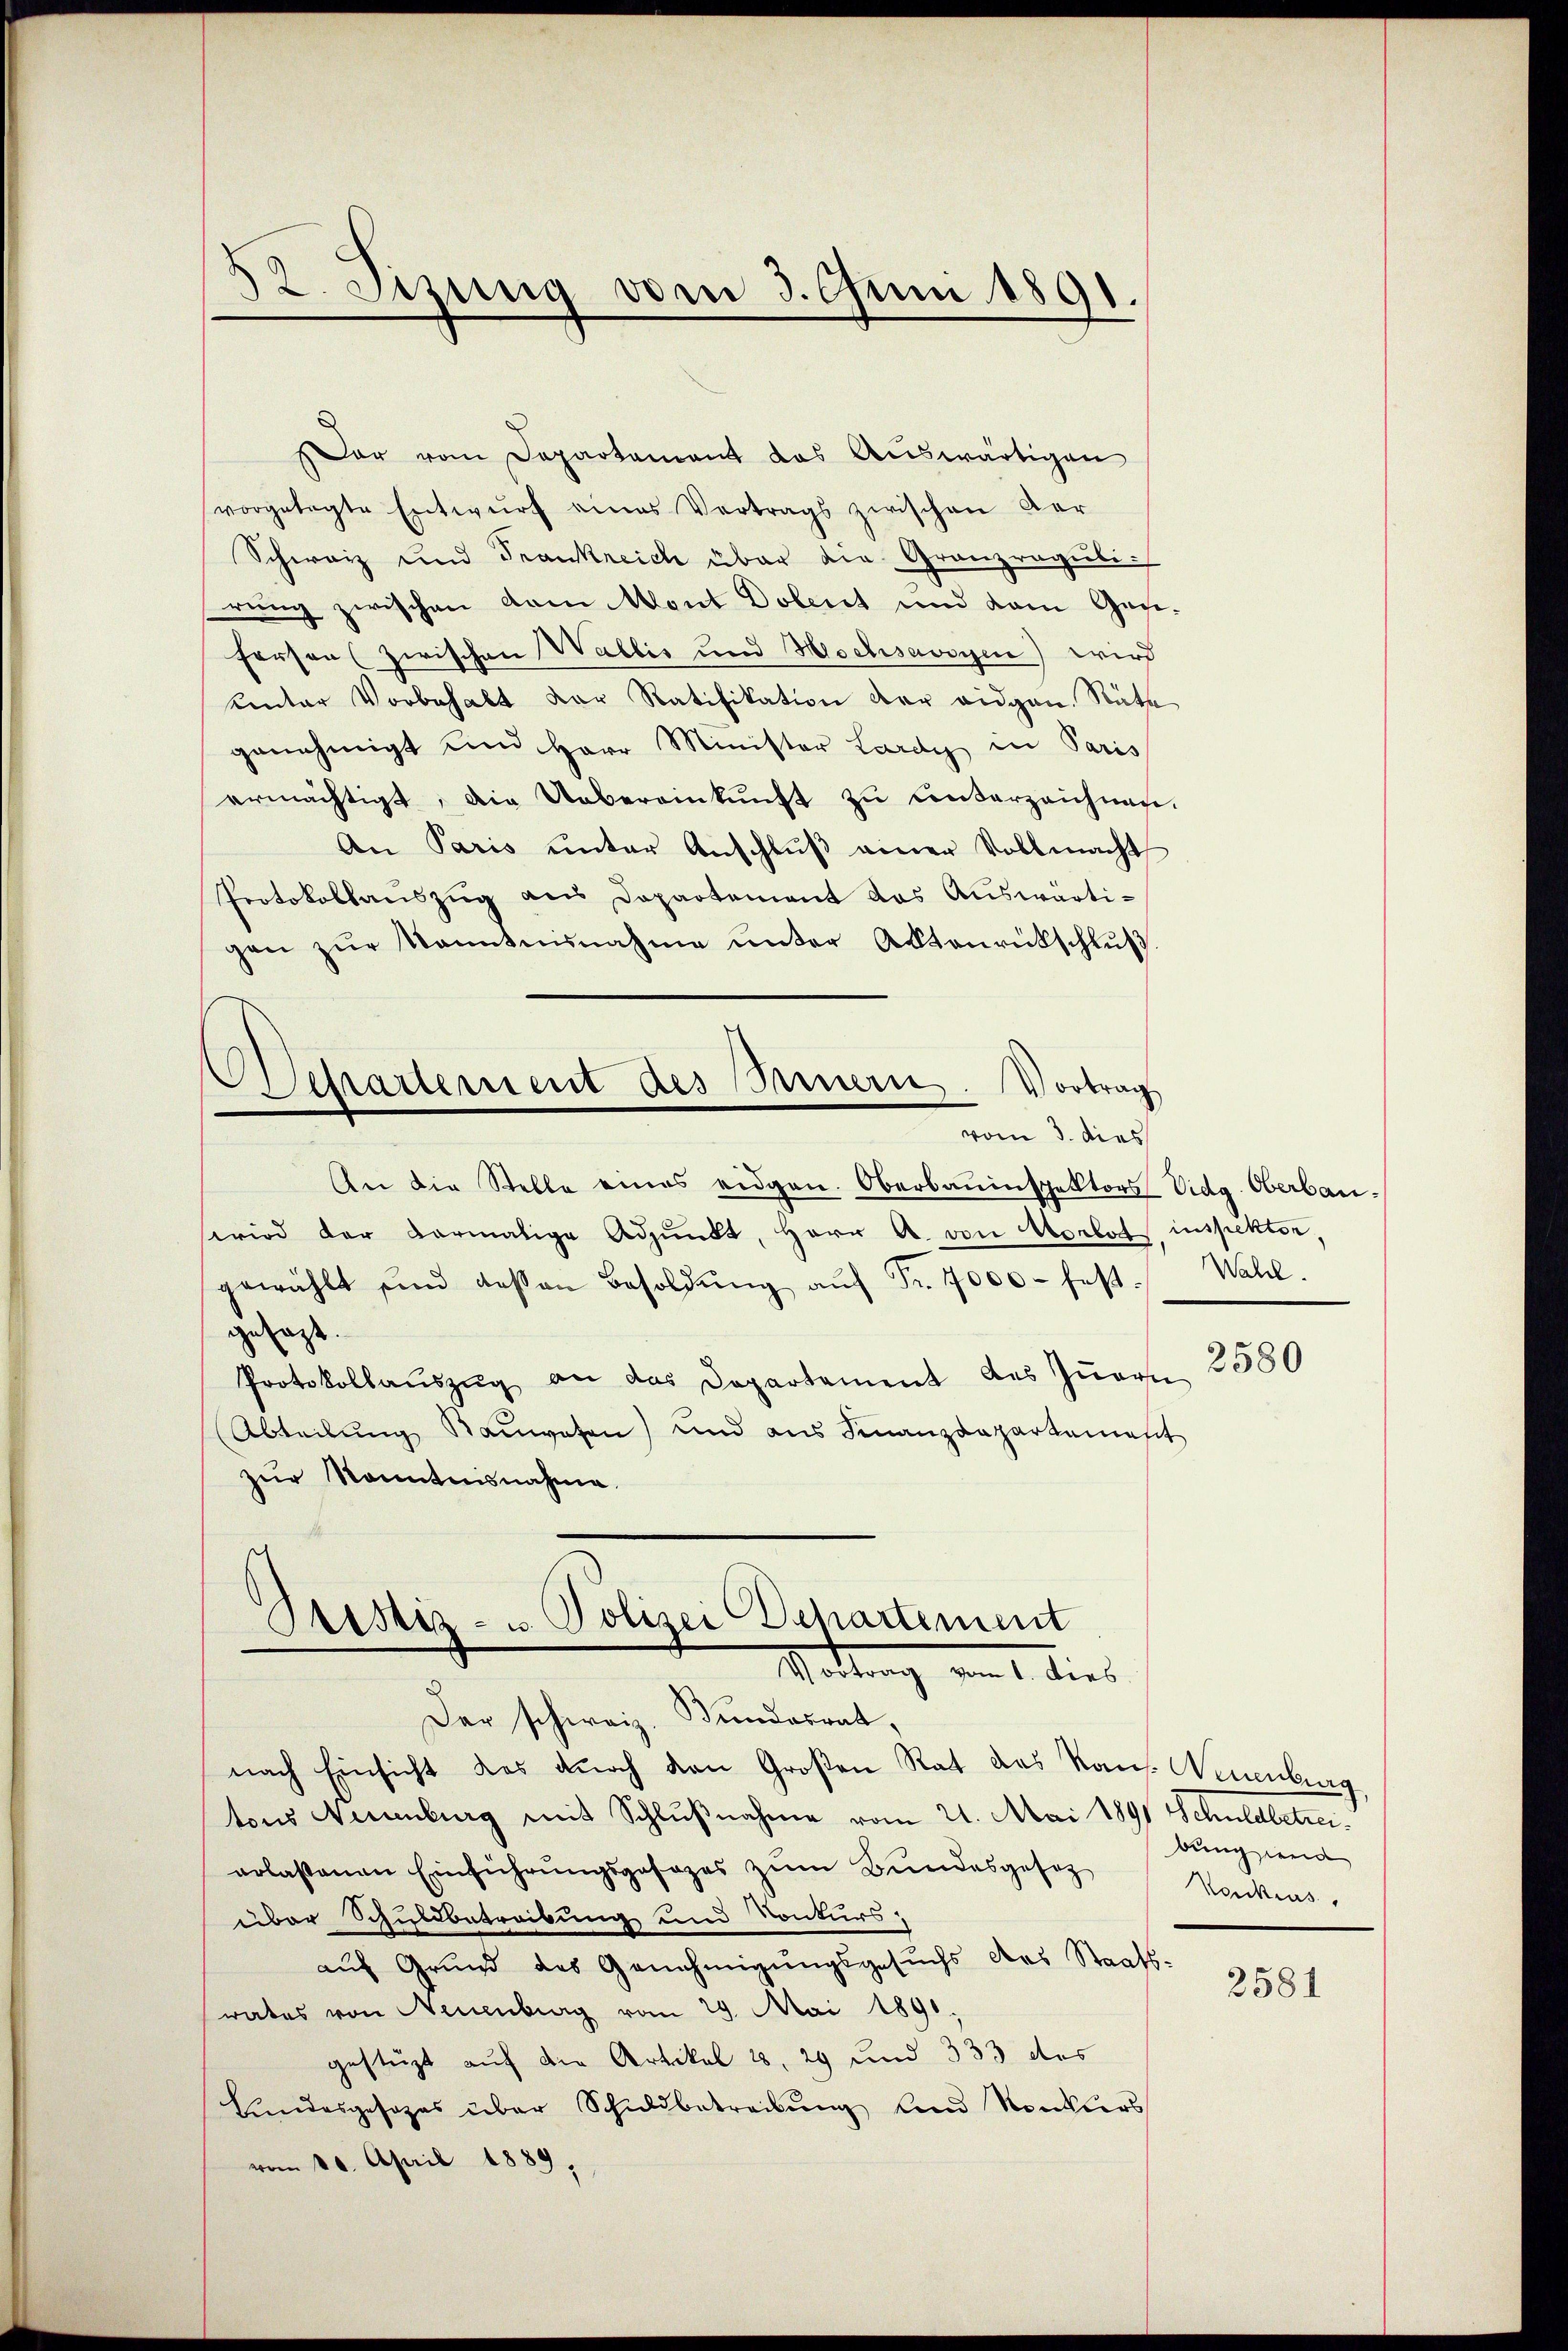
12. Jezung vom 3. Juni 1891.

Der vom Departement das Auswärtigen
vorgelegte Entwurf eines Vertrags zwischen Aar
Schweiz und Frankreich über die Grenzregulirung zwischen vom Mont Dolent und vom Gesifersen (zwischen Wallis und Hochsavoyen) wird
unter Vorbehalt der Ratifikation der eidgen. Räte
genehmigt und Herr Minister Lardy in Paris
ermächtigt, die Uebereinkunft zŭ Centerzeichnen.
An Paris ŭnter Anschlŭβ einer Vollmacht
Protokollauszug aus Departement das Auswärtigen zŭr Kenntnisnahme unter Aktenrückschlŭβ
Departement des Bauern. Vortrag

vom 3. dies

Pustiz- u Polizei Departement
Motrang vom 1. dies

An die Stelle eines eidgen. Oberbauinspektors Vidg. Oberbauwird der vormalige Adjunkt, Herr A. von Morlots inspektor,
gewählt und deßen Besoldŭng aŭf Fr. 7000. fest. Wahl.
gesagt.
Protokollaŭszŭg an das Departement des Iṅern 2500
Abteilung Rauwesen) und aus Finanzdepartemest
zur Kenntnisnahme.

Der schweiz. Bundesrat,
nach Einsicht das durch den Großen Rat das Kons. Neuenburg
tons Neuenburg mit Schlußnahme vom 21. Mai 1891 Schuldbetreiaolastenen Einführŭngsgesezes zŭm Bŭndesgesetz
über Schuldbetreibung und Konkurs,
auf Grund des Genehmigungsgesuchs des Staats-
rates von Neuenburg vom 29. Mai 1891.
gestüzt auf die Artikel 1, 29 und 333 des
Landesgesezes über Schuldbetreibŭng und Konkurs
vom 10. April 1889.

bung und
Vonkias,

2581